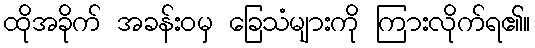
ထိုအခိုက် အခန်းဝမှ ခြေသံများကို ကြားလိုက်ရ၏။